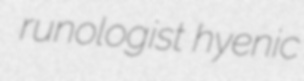
runologist hyenic